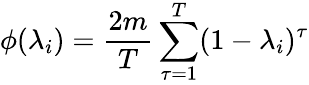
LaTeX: \phi(\lambda_{i})=\frac{2m}{T}\sum_{\tau=1}^{T}(1-\lambda_{i})^{\tau}